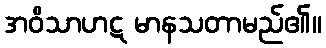
အဝိသာဟဋ မာနသတာမည်၏။